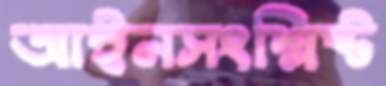
আইনসংশ্লিষ্ট